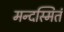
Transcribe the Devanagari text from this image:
मन्दस्मितं